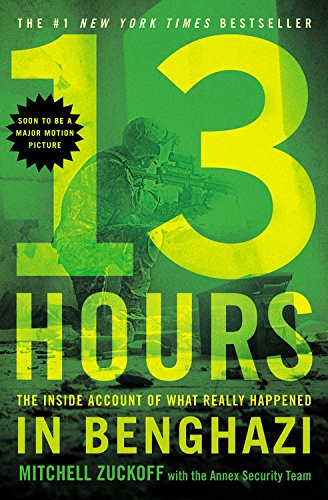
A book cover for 13 Hours: The Inside Account of What Really Happened In Benghazi; MItchell Zuckoff; Biographies & Memoirs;